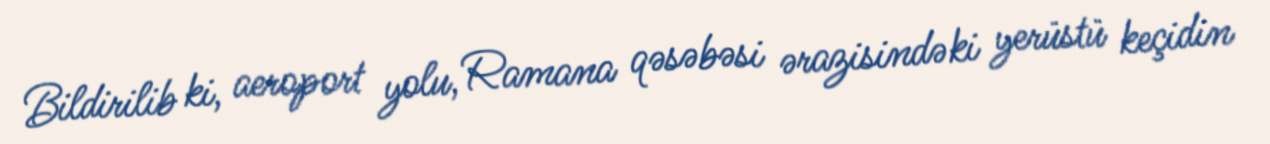
Bildirilib ki, aeroport yolu, Ramana qəsəbəsi ərazisindəki yerüstü keçidin